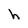
Character: h